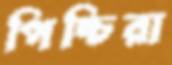
পিচ্চিরা